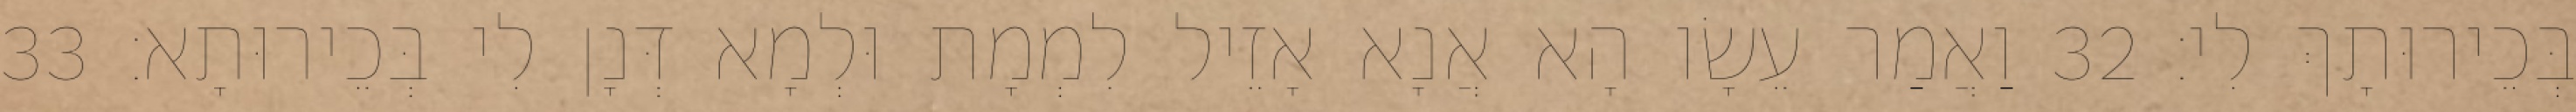
בְּכֵירוּתָךְ לִי׃ 32 וַאֲמַר עֵשָׂו הָא אֲנָא אָזֵיל לִמְמָת וּלְמָא דְּנָן לִי בְּכֵירוּתָא׃ 33